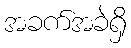
အခက်အခဲရှိ